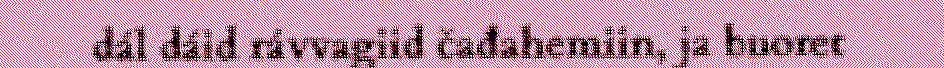
dál dáid rávvagiid čađahemiin, ja buoret